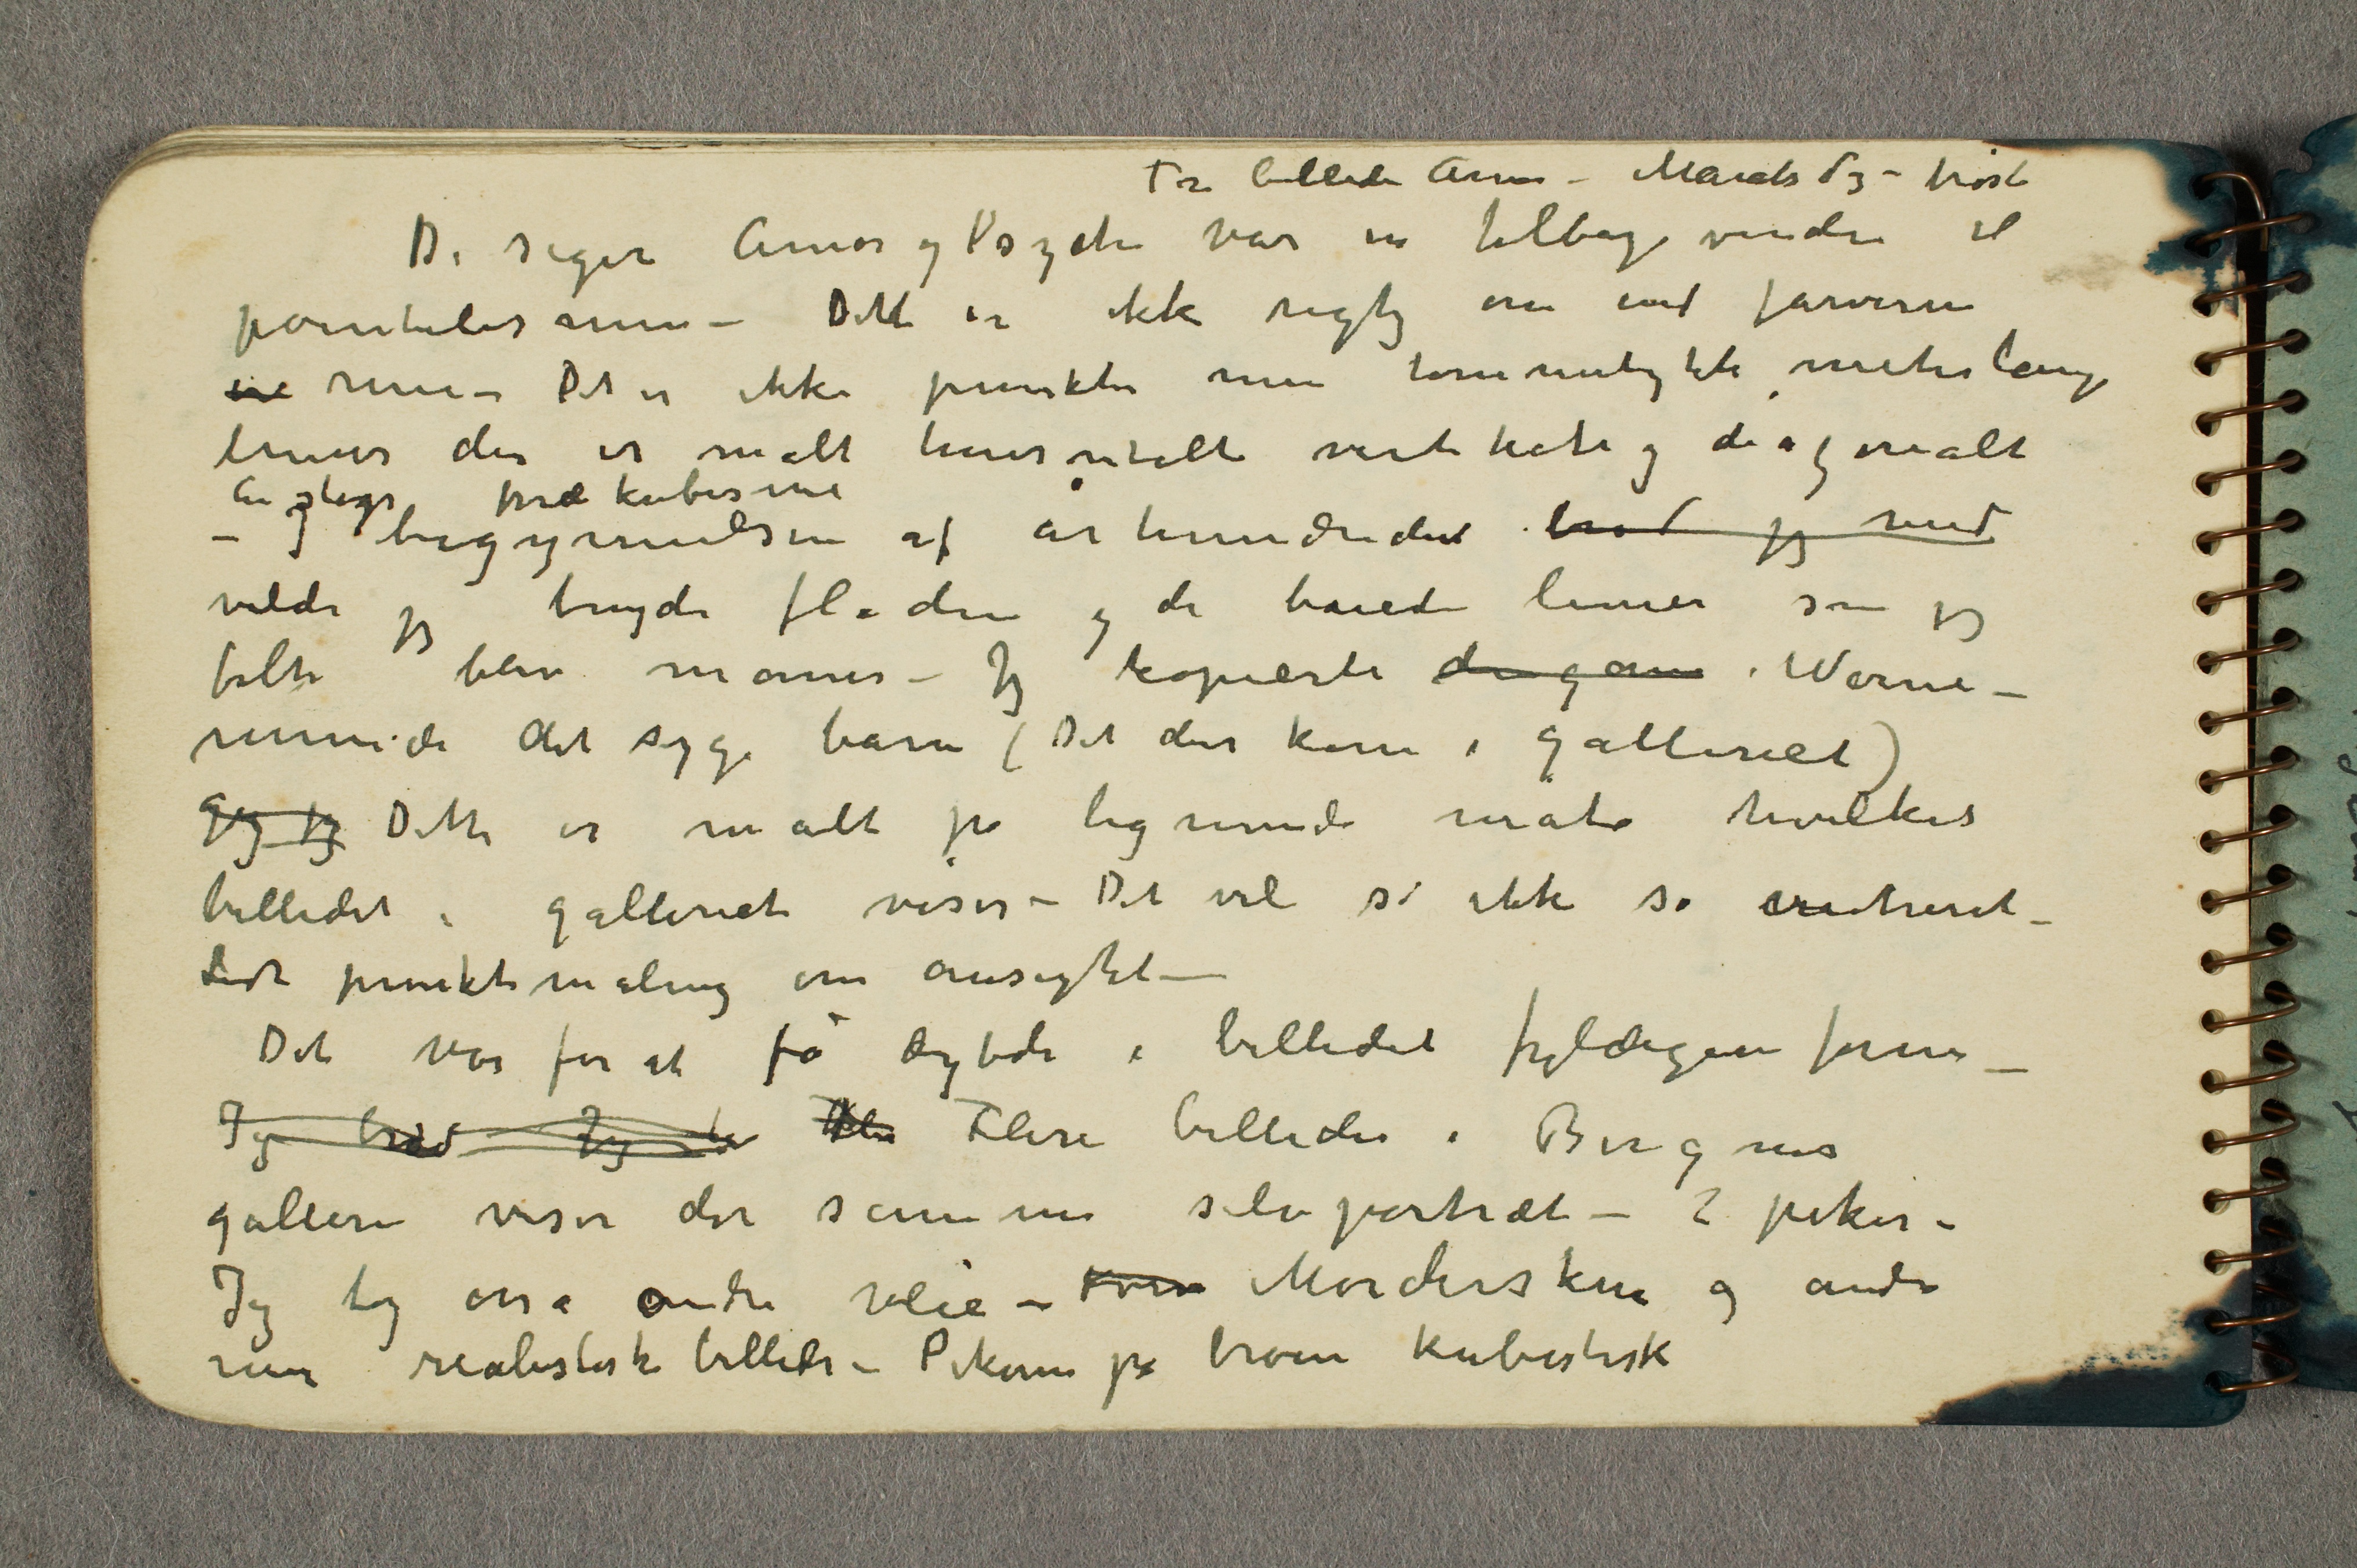
Fra billede Amor – Marats død – høst
De siger Amor og Psyche var en tilbagevenden til
pointilismen – Dette er ikke riktig om end farverne
ere rene – Det er ikke punkter men tommetykke meterlange
linier der er malt horisontalt vertikalt og diagonalt
En slags prækubisme
– I begynnelsen af århundredet brød jeg med
vilde jeg bryde fladen og de bøiede linier som jeg
følte blev maner – Jeg kopierte dengang i Warne-
münde det syge barn (Det der kom i galleriet)
Jeg jeg Dette er malt på lignende måte hvilket
billedet i galleriet viser – Det vil si ikke så outreret
Lidt punktmaling om ansigtet –
Det var for at få dybde i billedet fyldigere form –
Jeg brød Jeg har Fle Flere billeder i Bergens
galleri viser det samme selvportræt – 2 piker –
Jeg tog osså andre veie – Kvin Mordersken og andre
mer realistiske billeder – Pikene på broen kubistisk